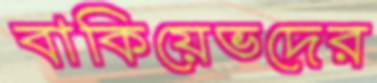
বাকিয়েভদের